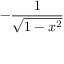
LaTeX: - { \frac { 1 } { \sqrt { 1 - x ^ { 2 } } } }